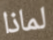
لماذا